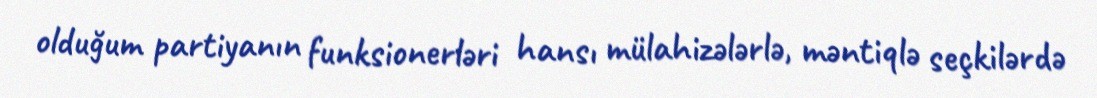
olduğum partiyanın funksionerləri hansı mülahizələrlə, məntiqlə seçkilərdə